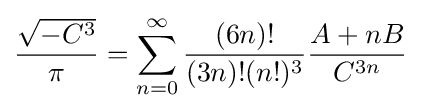
{\frac {\sqrt {-C^{3}}}{\pi }}=\sum _{n=0}^{\infty }{{\frac {(6n)!}{(3n)!(n!)^{3}}}{\frac {A+nB}{C^{3n}}}}